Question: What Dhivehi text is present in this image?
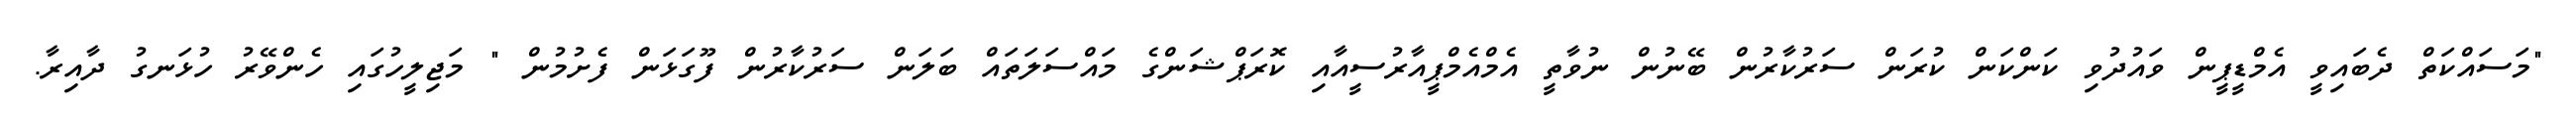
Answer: "މަސައްކަތް ދެބައިވީ އެމްޑީޕީން ވައުދުވި ކަންކަން ކުރަން ސަރުކާރުން ބޭނުން ނުވާތީ އެމްއެމްޕީއާރުސީއާއި ކޮރަޕްޝަންގެ މައްސަލަތައް ބަލަން ސަރުކާރުން ފޫގަޅަން ފެށުމުން " މަޖިލީހުގައި ހެންވޭރު ހުޅަނގު ދާއިރާ.